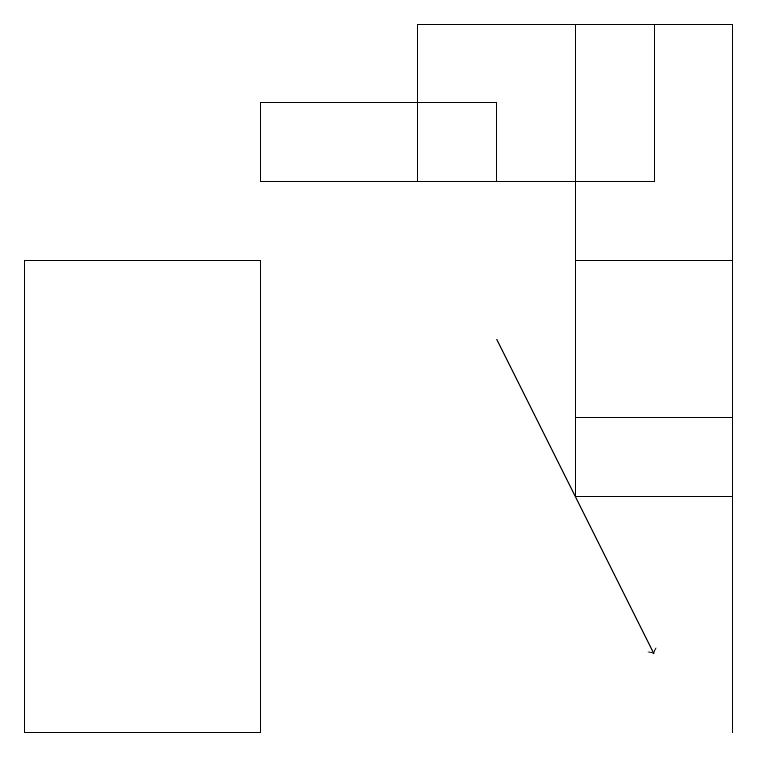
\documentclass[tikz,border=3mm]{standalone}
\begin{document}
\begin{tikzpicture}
\draw[->] (6,15) -- (8,11);
\draw (5,17) rectangle (8,19);
\draw (0,10) rectangle (3,16);
\draw (7,13) rectangle (9,16);
\draw (9,10) rectangle (9,16);
\draw (7,19) rectangle (9,14);
\draw (6,18) rectangle (3,17);
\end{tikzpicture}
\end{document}